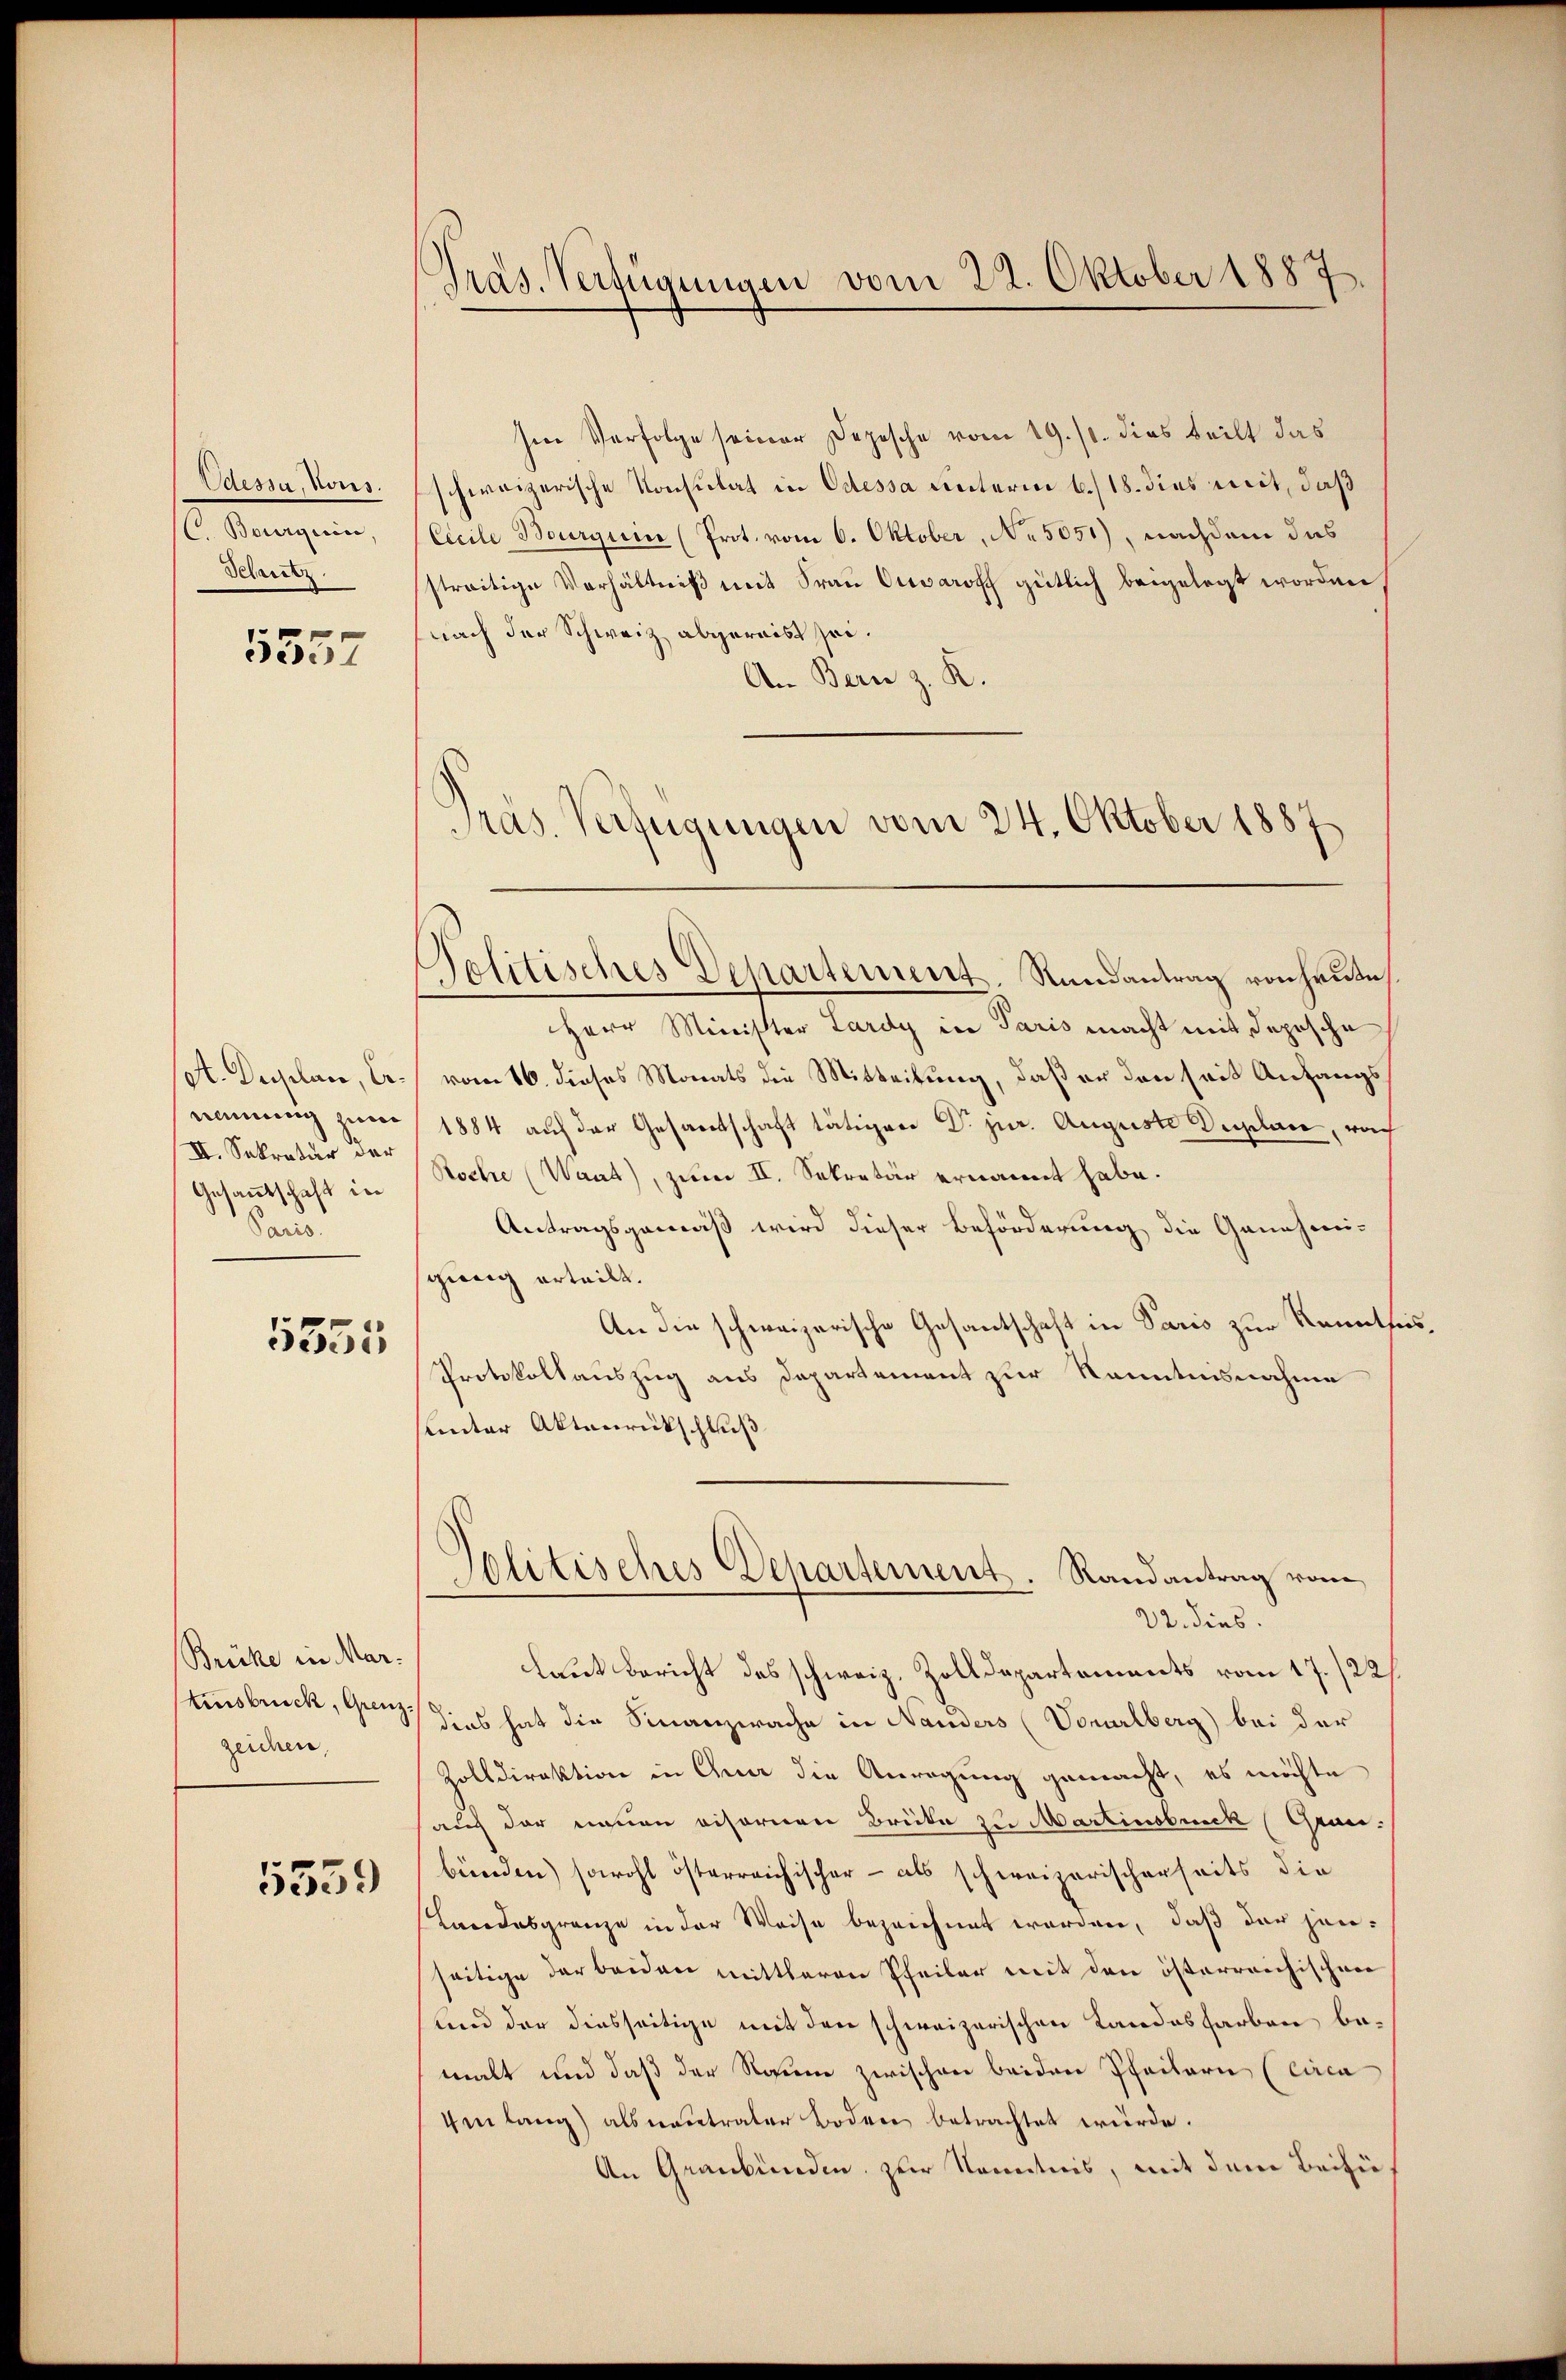
Odessa, Nous.
C. Bourgerin,
Delaustr.

5557

ot. Depplan, Ernennung zum
II. Sekretär der
Gesantschaft in
Paris

5351.

Brüke in Mar.
Einsbruck, Grenzzeichen,

5539

Präs. Verfügungen vom 22. Oktober 1887.

Politisches Departement, Rundantrag von heute,

Ien Verfolge seiner Depesche vom 19. 10. dies teilt das
schweizerische Konsulat in Odessa unterm 6./18. dies mit, daß
Cccile Bourgum (Prot. vom 6. Oktober, No 5051), nachdem das
streitige Verhältniß mit Frau Crevarosch gütlich beigelegt worden
nach der Schweiz abgereist sei.
An Bern z. R.
Pras. Verfügungen vom 24. Oktober 1887

Herr Minister Lardy in Paris macht mit deposche
vom 16. dieses Monats die Mitteilung, daß er den seit Anfangs¬
1884 auf der Gesamtschaft tätiger Dr. jur. Auguste Duplane, noch
Koche (Waat), zum II. Sekretär ernannt habe.
Antragsgemäß wird dieser Beförderung die Genehmigung erteilt.
An die schweizerische Gesantschaft in Paris zur Kenntnis¬
Protokollauszug aus Departement zur Kenntnisnahme
sunter Aktenrückschluß
22. dies.
laut Bericht des schweiz. Zolldepartements vom 17./22/
dies hat die Finanzwache in Nanders (Vorarlberg bei der
Zolldirektion in Quer die Anregung gemacht, es möchte
auch der neuen visorien Brücke zu Martinsbruck (Grunbünden) sowohl österreichischer – als schweizerischerseits die
(Landesgränze in der Weise bezeichnet worden, daß der hanseitige der beiden mittleren Pfeiler mit den österreichischen
und der diesseitige mit den schweizerischen Landesfarben bemalt und daß der Raum zwischen beiden Pfeilern (circa
Uenlang) als neutraler Boden betrachtet würde.
An Graubünden zur Kenntnis, mit dem Beifü¬

Jolitisches Dehartement. Randantrag vom